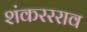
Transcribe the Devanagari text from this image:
शंकररराव